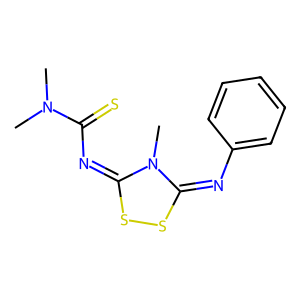
SMILES: CN(C)C(=S)N=c1ssc(=Nc2ccccc2)n1C
Inhibits HIV replication: No